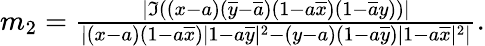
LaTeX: \begin{array}{r}{m_{2}=\frac{|{\Im}((x-a)(\overline{{y}}-\overline{{a}})(1-a\overline{{x}})({1-\overline{{a}}y}))|}{|(x-a)(1-a\overline{{x}})|1-a\overline{{y}}|^{2}-(y-a)(1-a\overline{{y}})|1-a\overline{{x}}|^{2}|}.}\end{array}